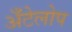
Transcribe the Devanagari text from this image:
अँटेलोप